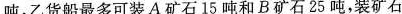
吨，乙货船最多可装A矿石15吨和B矿石25吨，装矿石